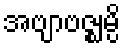
အဗျာဗဇ္ဈမ္ပိ